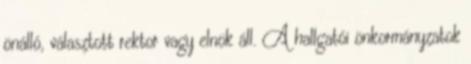
önálló, választott rektor vagy elnök áll. A hallgatói önkormányzatok